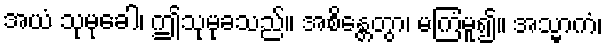
အယံ သုမုခေါ၊ ဤသုမုခသည်။ အစိန္တေတွာ၊ မကြံမူ၍။ အသ္မာကံ၊